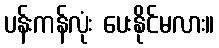
ပန်းကန်လုံး ပေးနိုင်မလား။